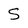
Character: S